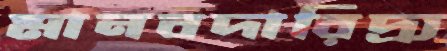
মানবদারিদ্র্য